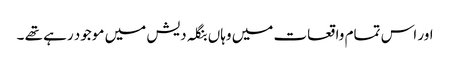
اور اس تمام واقعات میں وہاں بنگلہ دیش میں موجود رہے تھے ۔